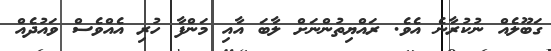
ގަބޫލެއް ނުކުރާނެ އެވެ. ރައްޔިތުންނަށް ލާބަ އާއި މަންފާ ހުރި އެއްވެސް ވައުދެއް